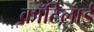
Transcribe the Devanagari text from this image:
कॉटिलार्ड